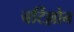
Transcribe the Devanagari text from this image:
बर्टिल्लोन